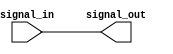
module active_high_buffer (
    input wire signal_in,
    output wire signal_out
);

assign signal_out = signal_in;

endmodule